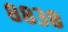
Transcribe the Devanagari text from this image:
८८३८